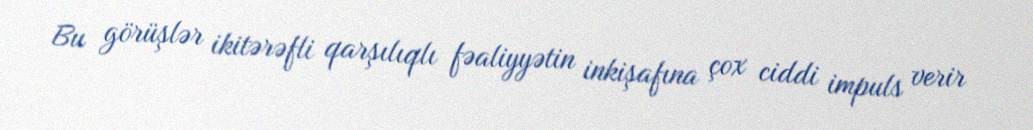
Bu görüşlər ikitərəfli qarşılıqlı fəaliyyətin inkişafına çox ciddi impuls verir